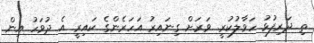
ތި ދަރިފުޅު ހަވާލުކުރީ. ވަރަށް ގިނައިރު އަހަރެންގެ ކައިރީ އެ ދުވަހު އިން